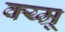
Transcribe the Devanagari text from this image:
क्य्म्रू